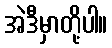
အဲဒီမှာတို့ပါ။